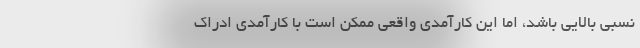
نسبی بالایی باشد، اما این کارآمدی واقعی ممکن است با کارآمدی ادراک